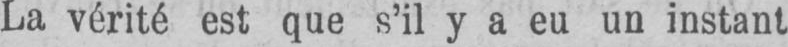
La vérité est que s’il y a eu un instant